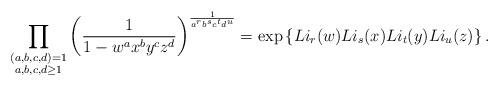
LaTeX: \begin{align*} \prod_{\substack{ (a,b,c,d)=1 \\ a,b,c,d \geq 1}} \left( \frac{1}{1-w^a x^b y^c z^d} \right)^{\frac{1}{a^r b^s c^t d^u}} = \exp\left\{ Li_r(w) Li_{s}(x) Li_{t}(y) Li_u(z)\right\}. \end{align*}